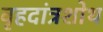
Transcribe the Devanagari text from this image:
वृहदांत्रशोथ